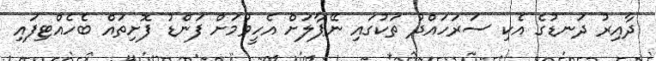
ދާއިރު ދަނޑުގެ އެކި ސަރަހައްދު ތަކުގައި ނޭޕާލަށް އެހީވުމަށް ފަންޑު ފޮށިތައް ބެހެއްޓިފައި